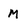
Character: M